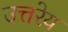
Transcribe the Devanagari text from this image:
उत्तरेय